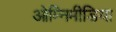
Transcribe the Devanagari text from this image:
ओम्‍निमीडिया